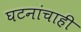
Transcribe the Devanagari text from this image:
घटनांचाही